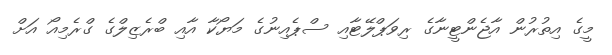
މީގެ އިތުރުން އާޖެންޓީނާގެ ރިވަޕްލޭޓާއި ސްޕެއިނުގެ މަޔޯކާ އާއި ބްރެޒިލްގެ ގްރެމިއޯ އަށް